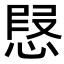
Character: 𢝅